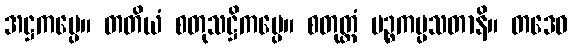
အဋ္ဌကပ္ပေ။ တတိယံ စတုသဋ္ဌိကပ္ပေ။ စတုတ္ထံ ပဉ္စကပ္ပသတာနိ။ တဒေဝ